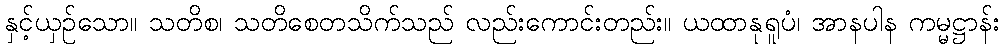
နှင့်ယှဉ်သော။ သတိစ၊ သတိစေတသိက်သည် လည်းကောင်းတည်း။ ယထာနုရူပံ၊ အာနပါန ကမ္မဋ္ဌာန်း